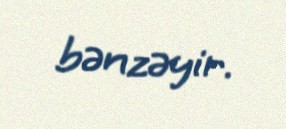
bənzəyir.